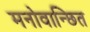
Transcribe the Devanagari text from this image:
मनोवान्छित